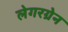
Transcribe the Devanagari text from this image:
लेगरग्रेन